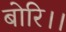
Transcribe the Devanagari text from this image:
बोरि।।